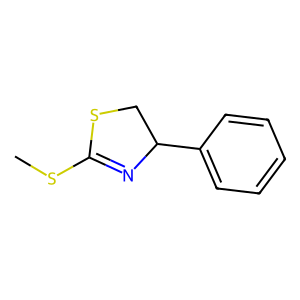
SMILES: CSC1=NC(c2ccccc2)CS1
Inhibits HIV replication: No